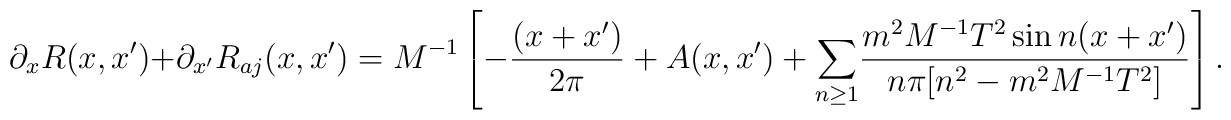
\partial_{x}R(x,x^{\prime})+\partial_{x^{\prime}}R_{aj}(x,x^{\prime})=M^{-1}\left[-\frac{(x+x^{\prime})}{2\pi}+A(x,x^{\prime}) + {\Large\sum_{n\geq 1}}\frac{m^{2}M^{-1}T^{2} \sin n(x+x^{\prime}) }{n\pi[n^{2} -m^{2}M^{-1}T^{2}]} \right].\nonumber